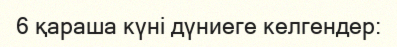
6 қараша күні дүниеге келгендер: